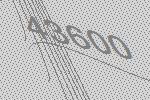
43600